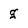
Character: g